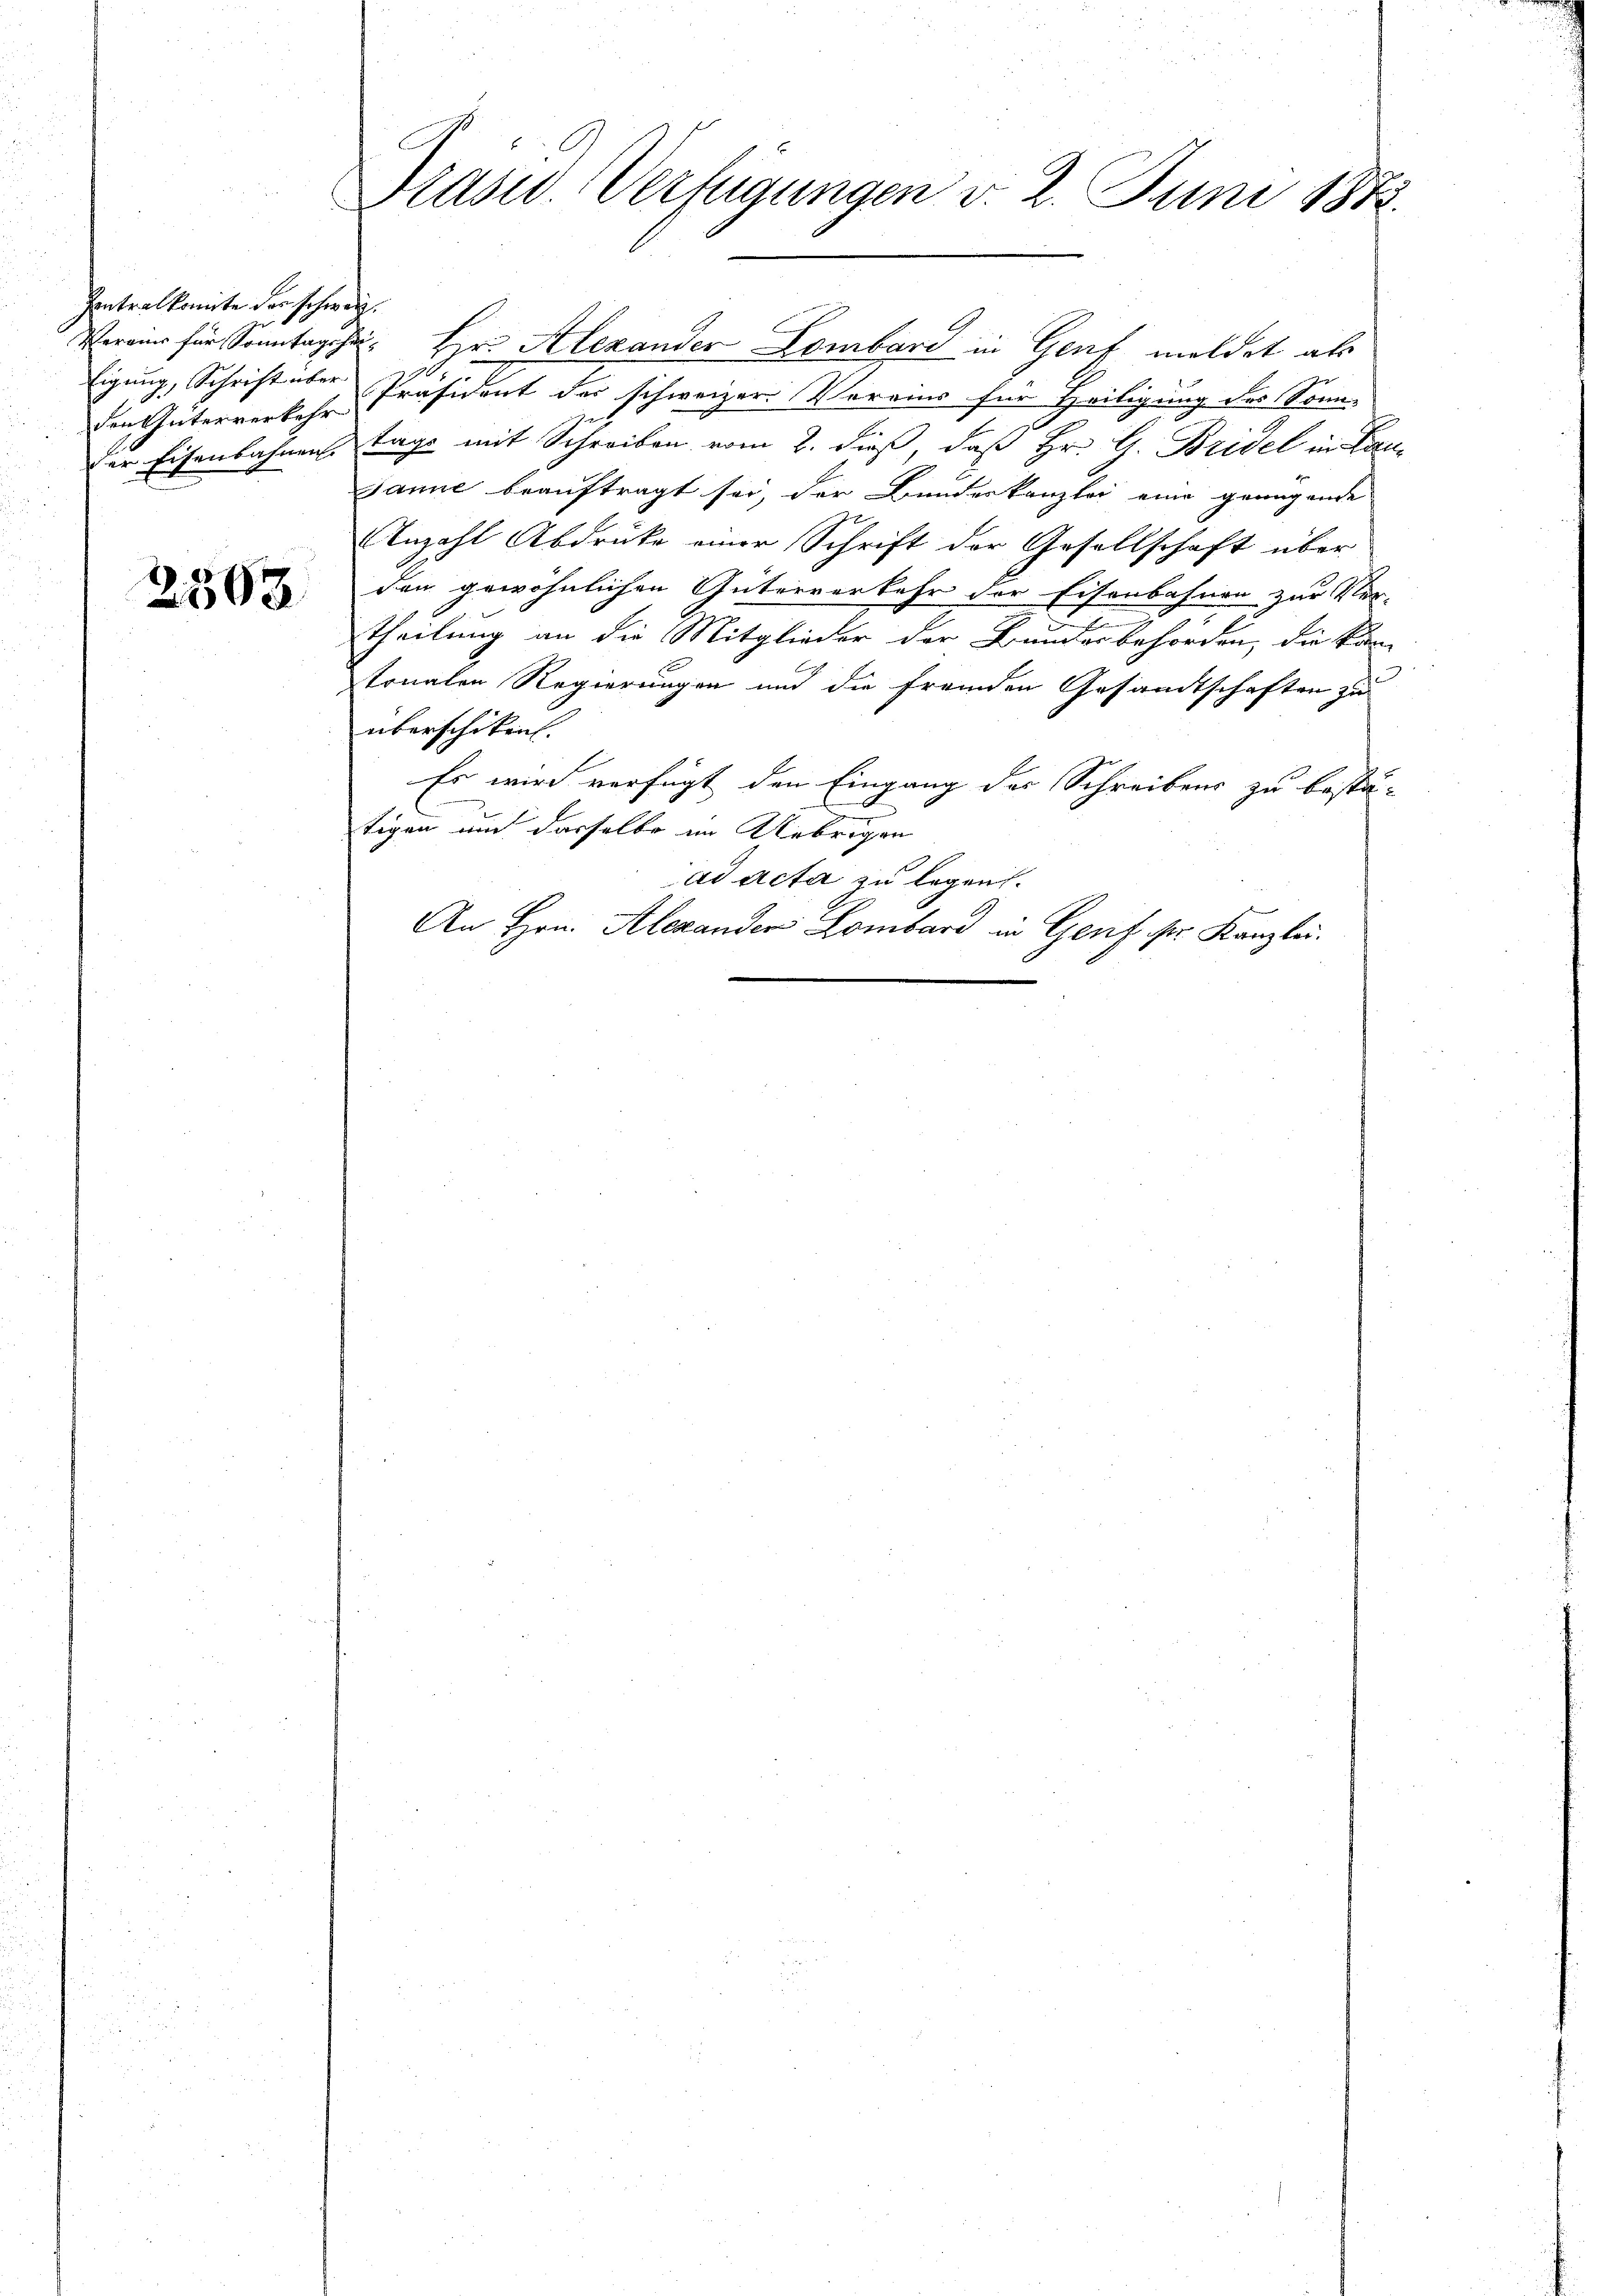
Contralkomite der schweiz.
den Güterverkehr

2568

Prasw. Verfügungen v. 2. Juni 1872.

Vereine für Sonntag hat. Hr. Alexander Lombard in Genf meldet als
igung, Schrift aber Präsident der schweizer Vereins für Heiligung des Sonnder Eisenbahnen Tage mit Schreiben vom 2. dieß, daß Hr. G. Bridel in Lan¬
Janne beauftragt sei, der Bundeskanzlei eine genügende
Anzahl Abdruke einer Schrift der Gesellschaft über
den gewöhnlichen Güterverkehr der Eisenbahnen zur Ver-
theilung an die Mitglieder der Bundesbehörden, die kan-
tonalen Regierungen und die fremden Gesandtschaften zu
überschikant.
Es wird verfügt den Eingang des Schreibens zu bestä-
tigen und derselbe im Uebrigen
ad acta zu legen.
An Hrn. Alexander Lombard in Genf sr. Kanzlei.